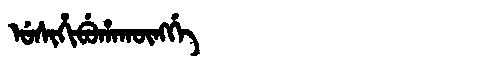
Manchu: ᡠᠰᡳᡥᡳᠪᡠᡥᠠᡴᡡᠩᡤᡝ
Romanization: USIHIBUHAKŪNGGE